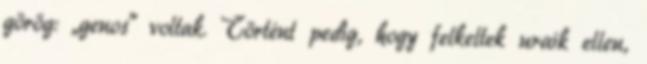
görög: „genos" voltak. Történt pedig, hogy felkeltek uraik ellen,